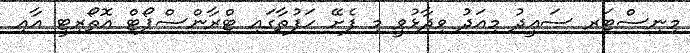
މިނިސްޓަރ ސައީދު މިއަދު ވިދާޅުވީ މި ފެށޭ ހަފުތާގައި ޓްރާންސްޕޯޓް އޮތޯރިޓީ އާއި